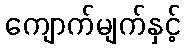
ကျောက်မျက်နှင့်